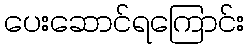
ပေးဆောင်ရကြောင်း